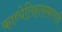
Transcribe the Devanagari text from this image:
काव्येतिहासकाराचे